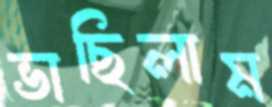
ভাছিলাম